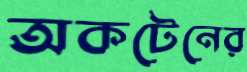
অকটেনের